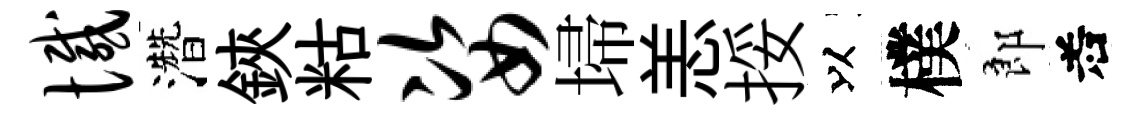
憾濳鋏䊀姿埽恙挼以樸郎𠰥